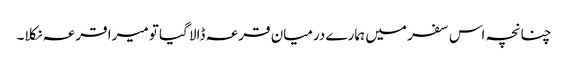
چنانچہ اس سفر میں ہمارے درمیان قرعہ ڈالا گیا تو میرا قرعہ نکلا۔